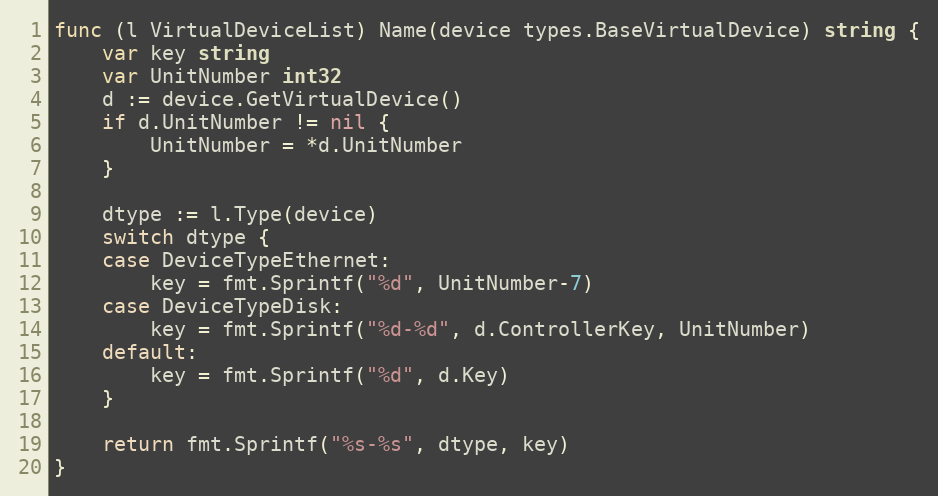
Language: Go
func (l VirtualDeviceList) Name(device types.BaseVirtualDevice) string {
	var key string
	var UnitNumber int32
	d := device.GetVirtualDevice()
	if d.UnitNumber != nil {
		UnitNumber = *d.UnitNumber
	}

	dtype := l.Type(device)
	switch dtype {
	case DeviceTypeEthernet:
		key = fmt.Sprintf("%d", UnitNumber-7)
	case DeviceTypeDisk:
		key = fmt.Sprintf("%d-%d", d.ControllerKey, UnitNumber)
	default:
		key = fmt.Sprintf("%d", d.Key)
	}

	return fmt.Sprintf("%s-%s", dtype, key)
}